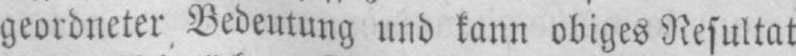
geordneter Bedeutung und kann obiges Resultat